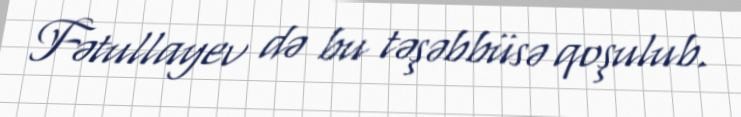
Fətullayev də bu təşəbbüsə qoşulub.